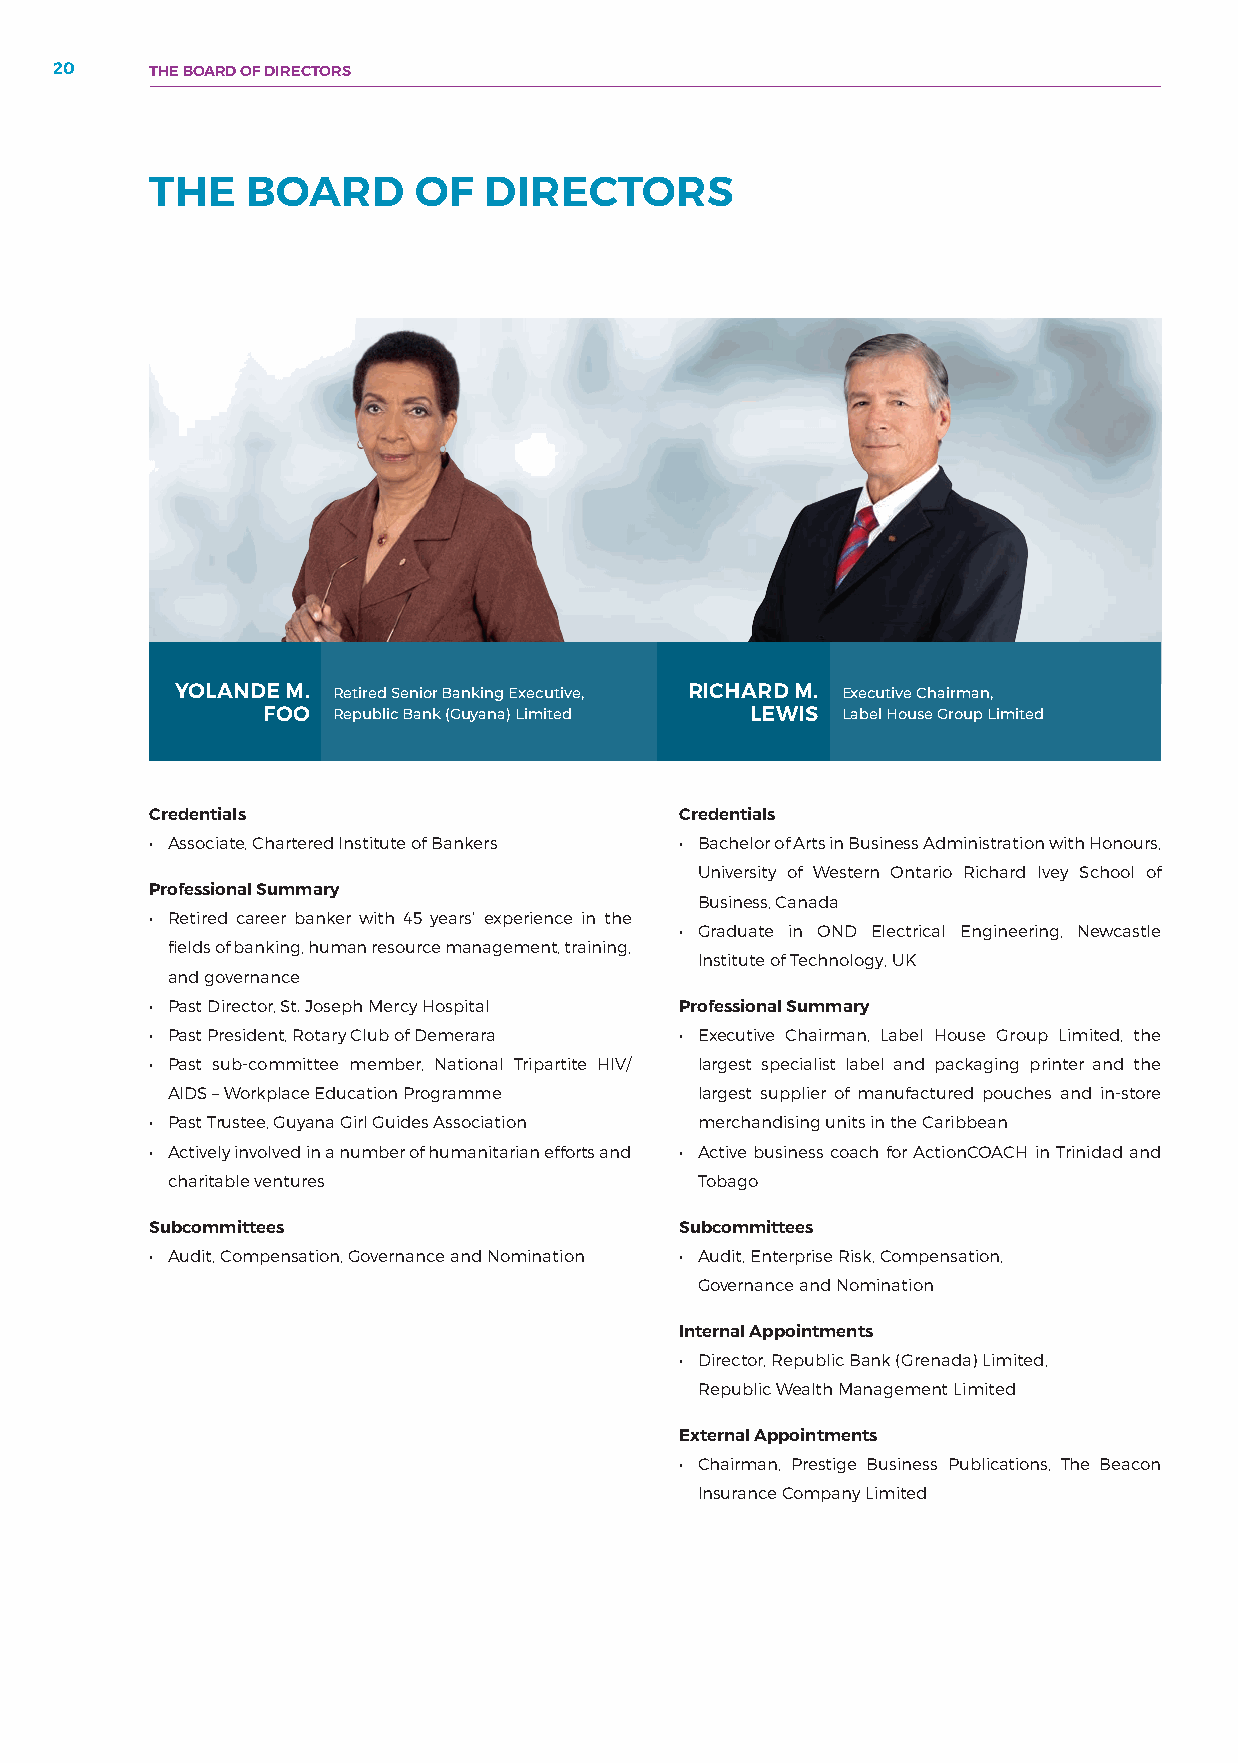
20     THE BOARD OF DIRECTORS
 THE   BOARD      OF   DIRECTORS
 YOLANDE M. Retired Senior Banking Executive, RICHARD M. Executive Chairman,
 FOO  Republic Bank (Guyana) Limited LEWIS Label House Group Limited
 Credentials                        Credentials
 • Associate, Chartered Institute of Bankers • Bachelor of Arts in Business Administration with Honours,
 University of Western Ontario Richard Ivey School of
 Professional Summary
 Business, Canada
 • Retired career banker with 45 years’ experience in the
 • Graduate in OND Electrical Engineering, Newcastle
 fields of banking, human resource management, training,
 Institute of Technology, UK
 and governance
 • Past Director, St. Joseph Mercy Hospital Professional Summary
 • Past President, Rotary Club of Demerara • Executive Chairman, Label House Group Limited, the
 • Past sub-committee member, National Tripartite HIV/ largest specialist label and packaging printer and the
 AIDS – Workplace Education Programme largest supplier of manufactured pouches and in-store
 • Past Trustee, Guyana Girl Guides Association merchandising units in the Caribbean
 • Actively involved in a number of humanitarian efforts and • Active business coach for ActionCOACH in Trinidad and
 charitable ventures                Tobago
 Subcommittees                      Subcommittees
 • Audit, Compensation, Governance and Nomination • Audit, Enterprise Risk, Compensation,
 Governance and Nomination
 Internal Appointments
 • Director, Republic Bank (Grenada) Limited,
 Republic Wealth Management Limited
 External Appointments
 • Chairman, Prestige Business Publications, The Beacon
 Insurance Company Limited